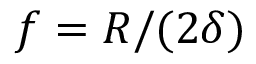
f = R / ( 2 \delta )